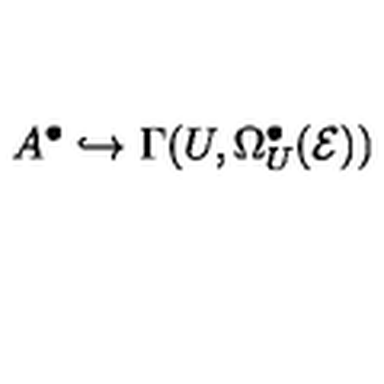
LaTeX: A ^ { \bullet } \hookrightarrow \Gamma ( U , \Omega _ { U } ^ { \bullet } ( { \cal E } ) )